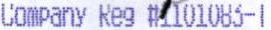
COMPANY REG #1101083-1